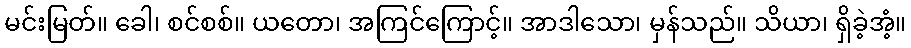
မင်းမြတ်။ ခေါ၊ စင်စစ်။ ယတော၊ အကြင်ကြောင့်။ အာဒါသော၊ မှန်သည်။ သိယာ၊ ရှိခဲ့အံ့။